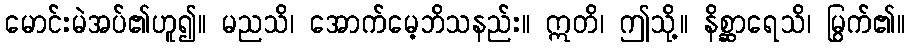
မောင်းမဲအပ်၏ဟူ၍။ မညသိ၊ အောက်မေ့ဘိသနည်း။ ဣတိ၊ ဤသို့။ နိစ္ဆာရေသိ၊ မြွက်၏။